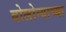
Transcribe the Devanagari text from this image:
बोलोन्याच्या